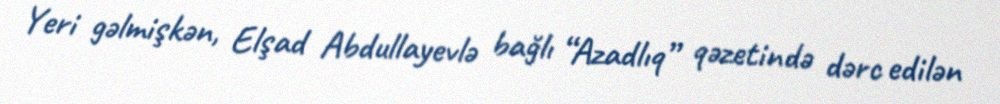
Yeri gəlmişkən, Elşad Abdullayevlə bağlı “Azadlıq” qəzetində dərc edilən